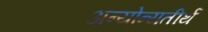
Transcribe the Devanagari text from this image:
अन्योन्यतीर्थ